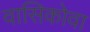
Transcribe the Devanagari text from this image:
वासिकोवा